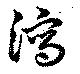
瀉